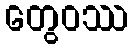
တွေဝဿ